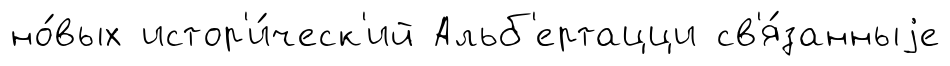
но́вых истор'и́ческ'ий Альб'ертацци св'я́занныjе